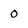
Character: O